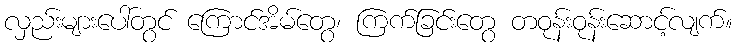
လှည်းများပေါ်တွင် ကြောင်အိမ်တွေ၊ ကြက်ခြင်းတွေ တဝုန်းဝုန်းဆောင့်လျက်။